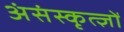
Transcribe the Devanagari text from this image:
अंसंस्कृत्ज्ञों